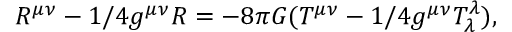
R ^ { \mu \nu } - 1 / 4 g ^ { \mu \nu } R = - 8 \pi G ( T ^ { \mu \nu } - 1 / 4 g ^ { \mu \nu } T _ { \lambda } ^ { \lambda } ) ,